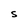
Character: S